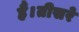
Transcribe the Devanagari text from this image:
हैं।तीसरे